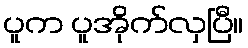
ပူက ပူအိုက်လှပြီ။